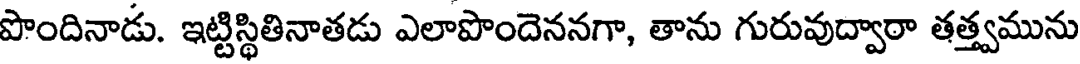
పొందినాడు. ఇట్టిస్థితినాతడు ఎలాపొందెననగా, తాను గురువుద్వారా తత్త్వమును